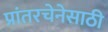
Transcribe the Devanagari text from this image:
प्रांतरचेनेसाठी